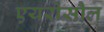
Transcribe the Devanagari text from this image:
एयरोसौल